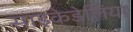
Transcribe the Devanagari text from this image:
साइकेडेलिया